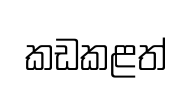
කඩකළත්